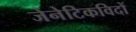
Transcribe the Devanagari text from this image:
जेनेटिकविदों